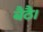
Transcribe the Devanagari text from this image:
बैठै।